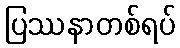
ပြဿနာတစ်ရပ်